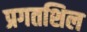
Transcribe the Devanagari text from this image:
प्रगतशिल